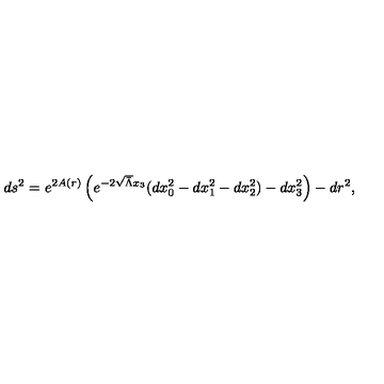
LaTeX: d s ^ { 2 } = e ^ { 2 A ( r ) } \left( e ^ { - 2 \sqrt { \bar { \Lambda } } x _ { 3 } } ( d x _ { 0 } ^ { 2 } - d x _ { 1 } ^ { 2 } - d x _ { 2 } ^ { 2 } ) - d x _ { 3 } ^ { 2 } \right) - d r ^ { 2 } ,